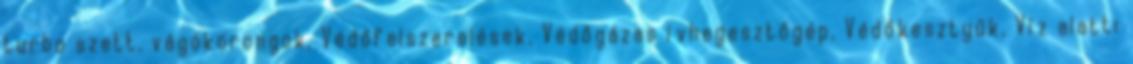
turbo szett, vágókorongok, Védőfelszerelések, Védőgázas ívhegesztőgép, Védőkesztyűk, Víz alatti